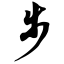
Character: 步